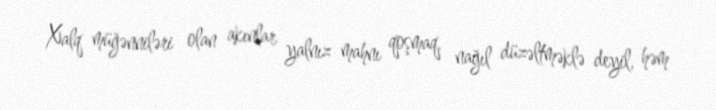
Xalq müğənniləri olan akınlar yalnız mahnı qoşmaq, nağıl düzəltməklə deyil, həm